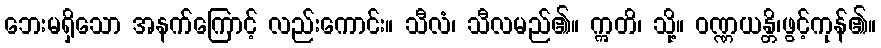
ဘေးမရှိသော အနက်ကြောင့် လည်းကောင်း။ သီလံ၊ သီလမည်၏။ ဣတိ၊ သို့။ ဝဏ္ဏယန္တိ၊ဖွင့်ကုန်၏။